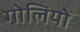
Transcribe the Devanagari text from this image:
गोलियोँ